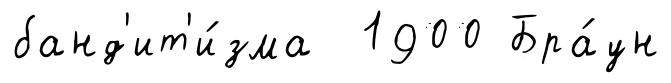
банд'ит'и́зма 1900 Бра́ун